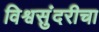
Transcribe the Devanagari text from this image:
विश्वसुंदरीचा